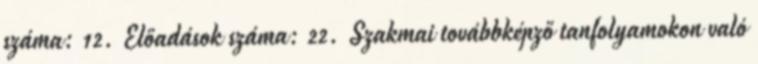
száma: 12. Előadások száma: 22. Szakmai továbbképző tanfolyamokon való